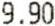
9.90